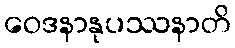
ဝေဒနာနုပဿနာတိ